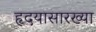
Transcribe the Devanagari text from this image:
हृदयासारख्या